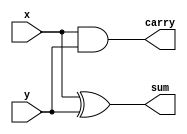
module halfadder(x, y, sum, carry);
  input x, y;
  output sum, carry;
  wire sum, carry;
  assign sum = x ^ y;
  assign carry = x & y;
endmodule